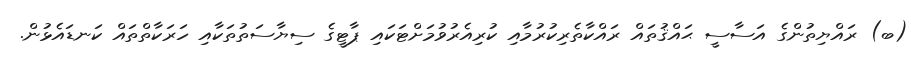
(ބ) ރައްޔިތުންގެ އަސާސީ ޙައްޤުތައް ރައްކާތެރިކުރުމާއި ކުރިއެރުވުމަށްޓަކައި ޕާޓީގެ ސިޔާސަތުތަކާއި ހަރަކާތްތައް ކަނޑައެޅުން.